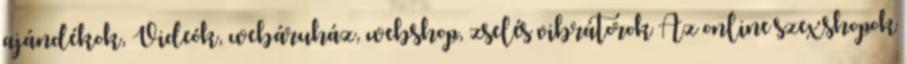
ajándékok, Videók, webáruház, webshop, zselés vibrátorok Az online szexshopok